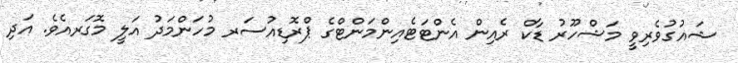
ޝައުގުވެރިވީ މަޝްހޫރު ޑާކް ރެއިން އެންޓަޓެއިންމަންޓްގެ ޕްރޮޑިއުސަރ މުހަންމަދު އަލީ މޮގަރއެވެ. އަދި